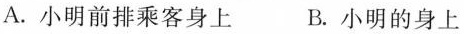
A.小明前排乘客身上 B.小明的身上